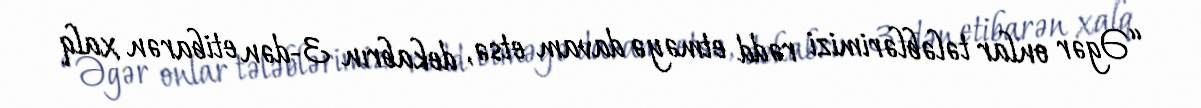
“Əgər onlar tələblərimizi rədd etməyə davam etsə, dekabrın 3-dən etibarən xalq